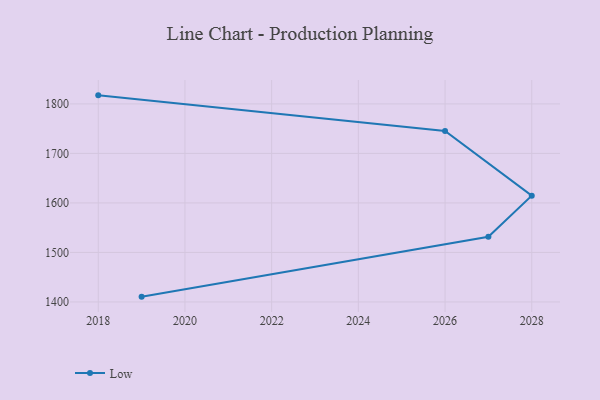
{"axis": {"x": "Year", "y": "Bounce Rate (%)"}, "legend": ["Low"], "data": [{"x": "2018", "y": 1817.3, "type": "Low"}, {"x": "2026", "y": 1745.4, "type": "Low"}, {"x": "2028", "y": 1614.6, "type": "Low"}, {"x": "2027", "y": 1531.5, "type": "Low"}, {"x": "2019", "y": 1410.7, "type": "Low"}]}